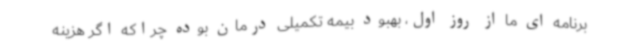
برنامه ای ما از روز اول، بهبود بیمه تکمیلی درمان بوده چراکه اگر هزینه